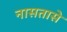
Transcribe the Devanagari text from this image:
नासतासे